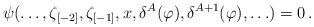
LaTeX: \begin{align*}\psi(\ldots,\zeta_{[-2]},\zeta_{[-1]},x,\delta^{A}(\varphi),\delta^{A+1}(\varphi),\ldots)=0\,.\end{align*}